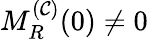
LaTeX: M_{R}^{(\mathcal{C})}(0)\neq0